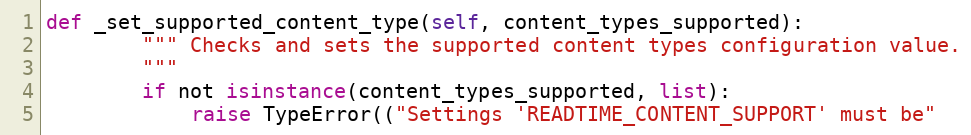
Language: Python
def _set_supported_content_type(self, content_types_supported):
        """ Checks and sets the supported content types configuration value.
        """
        if not isinstance(content_types_supported, list):
            raise TypeError(("Settings 'READTIME_CONTENT_SUPPORT' must be"